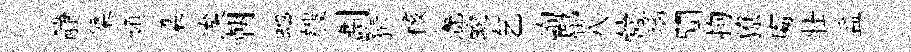
静槩頻梁涘朝虵艘劃猜核灧蛻乞峋郿八營瑙闃拘獠䖏壮益